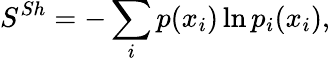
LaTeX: S^{Sh}=-\sum_{i}p(x_{i})\ln p_{i}(x_{i}),